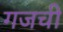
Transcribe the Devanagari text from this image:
गजची